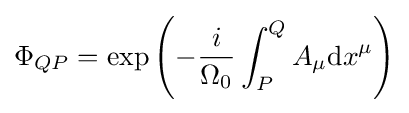
\Phi _{QP}=\exp \left(-{\frac {i}{\Omega _{0}}}\int _{P}^{Q}A_{\mu }\mathrm {d} x^{\mu }\right)